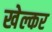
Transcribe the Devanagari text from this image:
खेल्कर